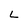
Character: L